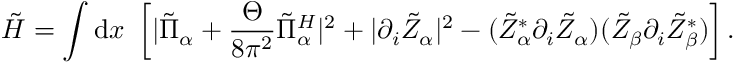
\tilde { H } = \int \mathrm { d } x ~ \left[ | \tilde { \Pi } _ { \alpha } + \frac { \Theta } { 8 \pi ^ { 2 } } \tilde { \Pi } _ { \alpha } ^ { H } | ^ { 2 } + | \partial _ { i } \tilde { Z } _ { \alpha } | ^ { 2 } - ( \tilde { Z } _ { \alpha } ^ { * } \partial _ { i } \tilde { Z } _ { \alpha } ) ( \tilde { Z } _ { \beta } \partial _ { i } \tilde { Z } _ { \beta } ^ { * } ) \right] .